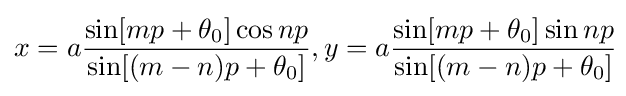
x=a{\frac {\sin[mp+\theta _{0}]\cos np}{\sin[(m-n)p+\theta _{0}]}},y=a{\frac {\sin[mp+\theta _{0}]\sin np}{\sin[(m-n)p+\theta _{0}]}}\!